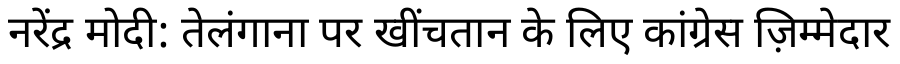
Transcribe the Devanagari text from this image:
नरेंद्र मोदी: तेलंगाना पर खींचतान के लिए कांग्रेस ज़िम्मेदार